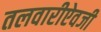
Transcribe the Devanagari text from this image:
तलवारीऐवजी